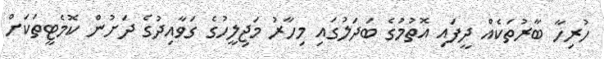
ހުރިހާ ބާރުތަކެއް ދީފައި އޮތުމުގެ ބަދަލުގައި މިހާރު މަޖިލީހުގެ ގަވާއިދުގެ ދަށުންް ކޮމެޓީތަކަށް